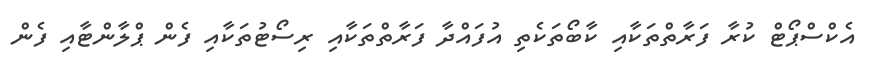
އެކްސްޕޯޓް ކުރާ ފަރާތްތަކާއި ކާބޯތަކެތި އުފައްދާ ފަރާތްތަކާއި ރިސޯޓުތަކާއި ފެން ޕްލާންޓާއި ފެން